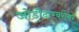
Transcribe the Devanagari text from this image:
जोडीदारबरोबर